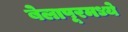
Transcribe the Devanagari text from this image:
बेलापूरमध्ये